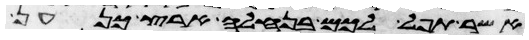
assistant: אשר תפל לכם בנחלה ארץ כנען